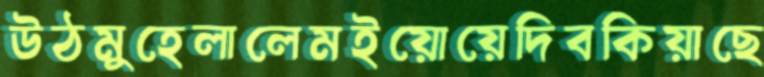
উঠমুহেলালেমইয়োয়েদিবকিয়াছে